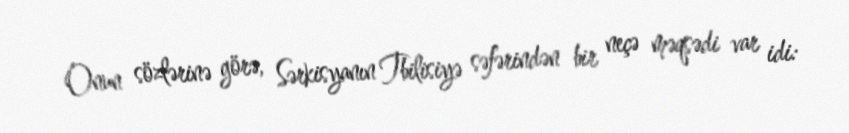
Onun sözlərinə görə, Sərkisyanın Tbilisiyə səfərindən bir neçə məqsədi var idi: